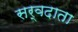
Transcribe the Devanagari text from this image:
सर्वदाता